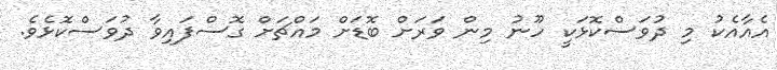
އެއާއެކު މި ދުވަސްކޮޅަކީ ހޫނު މިން ވަރަށް ބޮޑަށް މައްޗަށް ގޮސްފައިވާ ދުވަސްކޮޅެވެ.